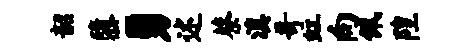
韶隳勇述蔡滇哥虹向佩隍